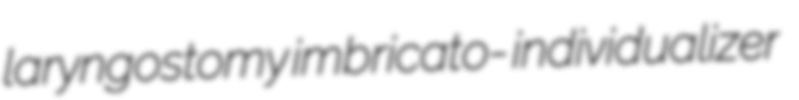
laryngostomy imbricato- individualizer